Vaccine operations Central Provinces 1900-1911 - 1900-1911
Year: 1900
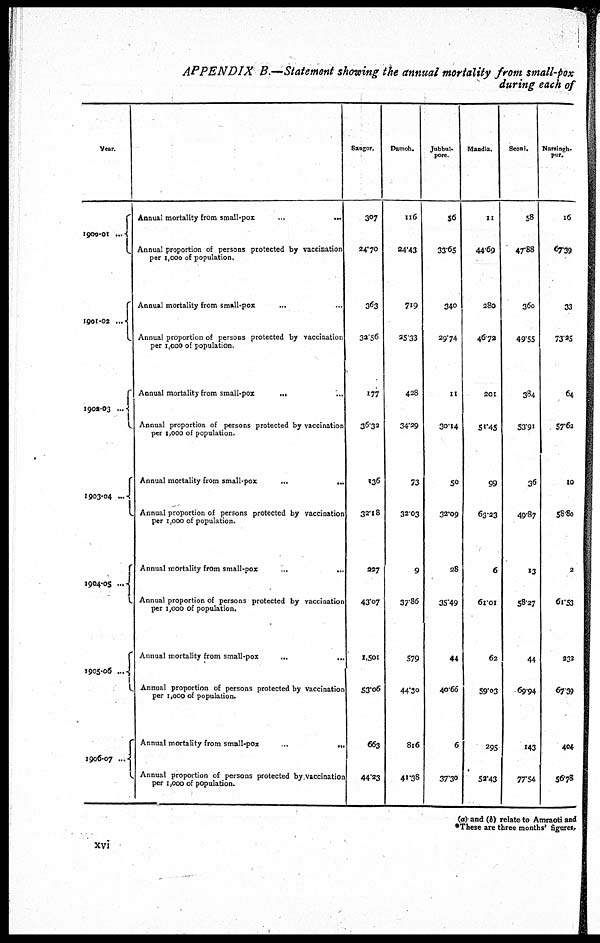
APPENDIX B.—Statement showing the annual mortality from small -pox
during each of
Year.
1900-01
...
1901-02 ...
1901-03 ...
1903-04 ...
1904-05 ...
1905-06 ...
1906-07 ...
Annual mortality from small-pox
...
...
Annual proportion of persons protected by vaccination
per 1,000 of population.
Annual mortality from small-pox ... ...
Annual proportion of persons protected by vaccination
per 1,000 of population.
Annual mortality from small-pox
... ...
Annual proportion of persons protected by vaccination
per 1,000 of population.
Annual mortality from small-pox
...
...
Annual proportion of persons protected by vaccination
per 1,000 of population.
Annual mortality from small-pox
...
...
Annual proportion of persons protected by vaccination
per 1,000 of population.
Annual mortality from small-pox
...
...
Annual proportion of persons protected by vaccination
per 1,000 of population.
Annual mortality from small-pox
...
...
Annual proportion of persons protected by vaccination
per 1,000 of population.
Saugor.
307
24.70
363
32.56
177
36.32
136
32.18
227
43.07
1,501
53.06
663
44.33
Damon.
116
24.43
719
25.33
428
34.29
73
32.03
9
37.86
579
44.30
816
41.38
Jabbul¬
pore.
56
33.65
340
29.74
11
30.14
50
32.09
28
35.49
44
40.66
6
37.30
Mandla.
11
44.69
280
46.72
201
51.45
99
63.23
6
61.01
62
59.03
295
53.43
Seoni.
58
47.88
360
49.55
384
53.91
36
49.87
13
58.27
44
69.94
143
77.54
Narsingh¬
pur.
16
67.39
33
73.25
64
57.62
10
58.80
2
61.53
232
67.39
404
56.78
(a) and (b) relate to Amraoti and
*These are three months' figures.
xvi